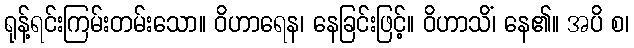
ရုန့်ရင်းကြမ်းတမ်းသော။ ဝိဟာရေန၊ နေခြင်းဖြင့်။ ဝိဟာသိံ၊ နေ၏။ အပိ စ၊